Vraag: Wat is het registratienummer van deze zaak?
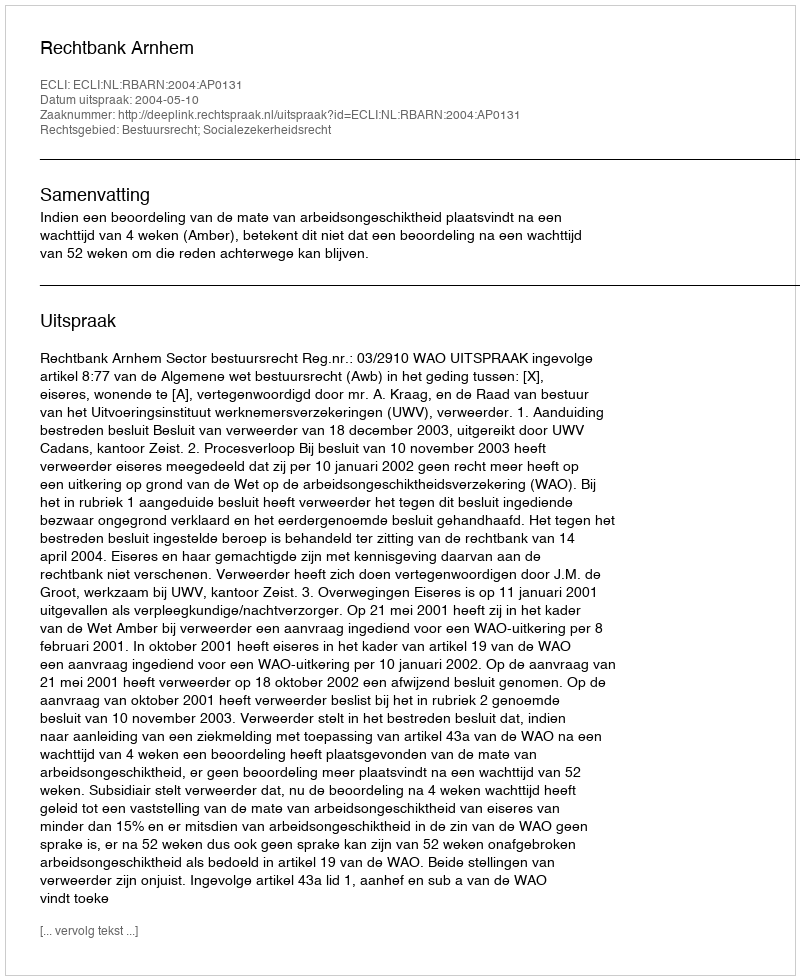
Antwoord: http://deeplink.rechtspraak.nl/uitspraak?id=ECLI:NL:RBARN:2004:AP0131